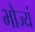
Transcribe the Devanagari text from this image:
भौज्यं